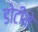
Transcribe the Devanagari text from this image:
डोटीमे